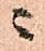
ニ